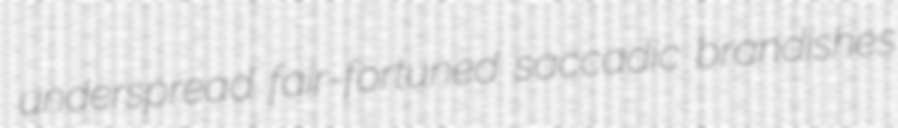
underspread fair-fortuned saccadic brandishes